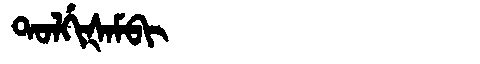
Manchu: ᡨᠣᠯᡤᡳᡧᠠᠮᠪᡳ
Romanization: TOLGIŠAMBI